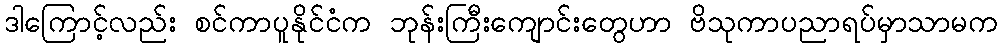
ဒါကြောင့်လည်း စင်ကာပူနိုင်ငံက ဘုန်းကြီးကျောင်းတွေဟာ ဗိသုကာပညာရပ်မှာသာမက